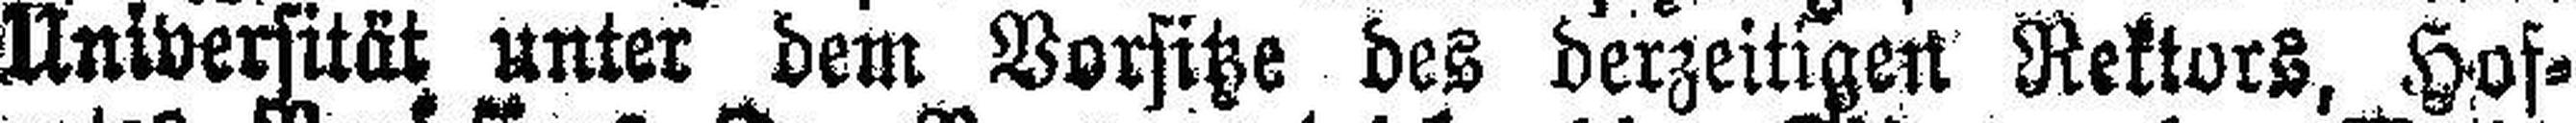
Universität unter dem Vorsitze des derzeitigen Rektors, Hof¬